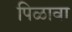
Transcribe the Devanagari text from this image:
पिळावा